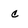
Character: c